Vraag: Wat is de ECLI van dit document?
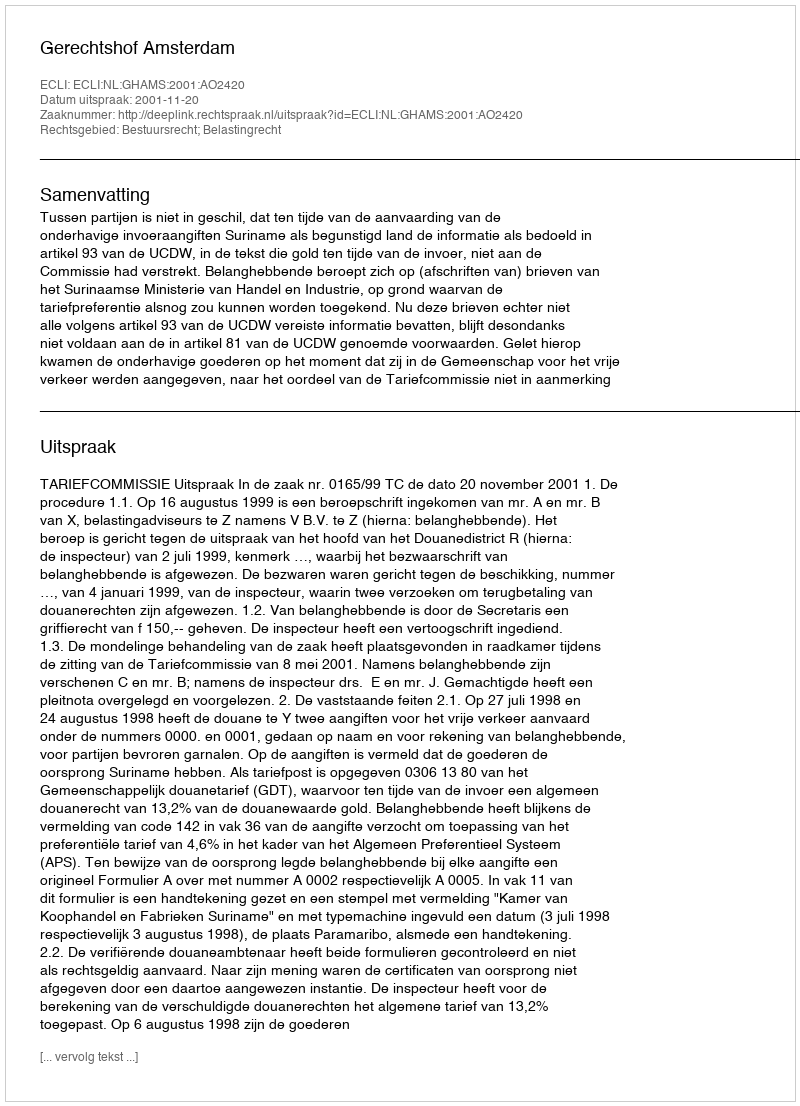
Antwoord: ECLI:NL:GHAMS:2001:AO2420